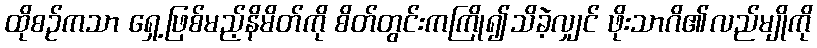
ထိုစဉ်ကသာ ရှေ့ဖြစ်မည့်နိမိတ်ကို စိတ်တွင်းကကြို၍သိခဲ့လျှင် ဖိုးသာဂိ၏လည်မျိုကို